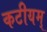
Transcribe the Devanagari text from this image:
कटीयम्